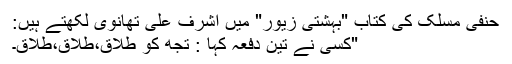
حنفی مسلک کی کتاب "بہشتی زیور" میں اشرف علی تھانویؒ لکھتے ہیں:
"کسی نے تین دفعہ کہا : تجھ کو طلاق،طلاق،طلاق۔